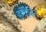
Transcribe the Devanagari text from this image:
हाचविन